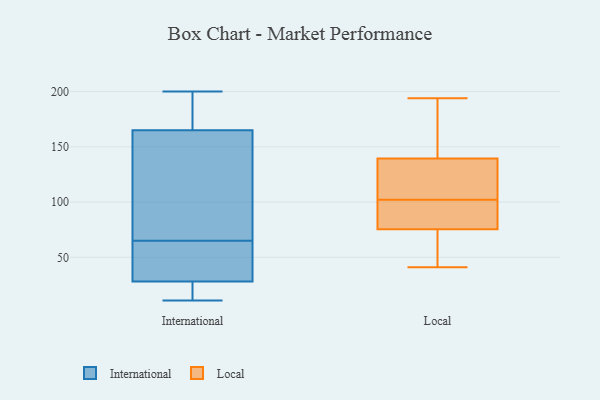
{"axis": {"x": "Churn Rate (%)", "y": "Value"}, "legend": ["International", "Local"], "data": [{"x": "", "y": 17, "type": "International"}, {"x": "", "y": 165, "type": "International"}, {"x": "", "y": 75, "type": "International"}, {"x": "", "y": 46, "type": "International"}, {"x": "", "y": 200, "type": "International"}, {"x": "", "y": 93, "type": "International"}, {"x": "", "y": 11, "type": "International"}, {"x": "", "y": 182, "type": "International"}, {"x": "", "y": 106, "type": "International"}, {"x": "", "y": 182, "type": "International"}, {"x": "", "y": 55, "type": "International"}, {"x": "", "y": 53, "type": "International"}, {"x": "", "y": 15, "type": "International"}, {"x": "", "y": 28, "type": "International"}, {"x": "", "y": 158, "type": "Local"}, {"x": "", "y": 41, "type": "Local"}, {"x": "", "y": 76, "type": "Local"}, {"x": "", "y": 81, "type": "Local"}, {"x": "", "y": 125, "type": "Local"}, {"x": "", "y": 194, "type": "Local"}, {"x": "", "y": 193, "type": "Local"}, {"x": "", "y": 73, "type": "Local"}, {"x": "", "y": 83, "type": "Local"}, {"x": "", "y": 46, "type": "Local"}, {"x": "", "y": 134, "type": "Local"}, {"x": "", "y": 104, "type": "Local"}, {"x": "", "y": 94, "type": "Local"}, {"x": "", "y": 125, "type": "Local"}, {"x": "", "y": 123, "type": "Local"}, {"x": "", "y": 145, "type": "Local"}, {"x": "", "y": 171, "type": "Local"}, {"x": "", "y": 75, "type": "Local"}, {"x": "", "y": 100, "type": "Local"}, {"x": "", "y": 69, "type": "Local"}]}